Madras plague regulations in force outside the Presidency town - Volume 5
Disease focus: Plague
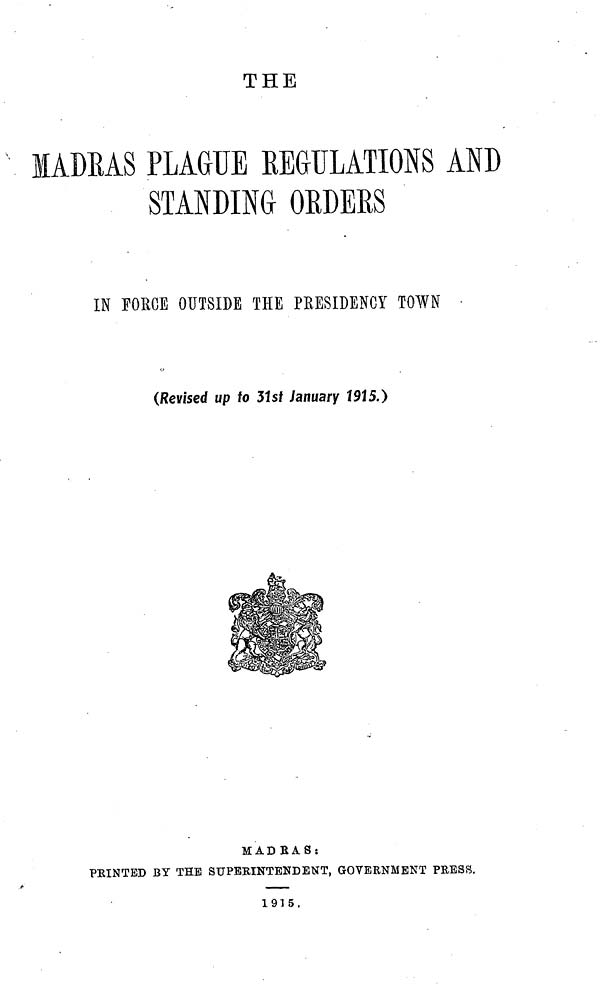
THE
MADRAS PLAGUE REGULATIONS AND
STANDING ORDERS
IN FORCE OUTSIDE THE PRESIDENCY TOWN
(Revised up to 31st January 1915.)
MADRAS:
PRINTED BY THE SUPERINTENDENT, GOVERNMENT PRESS.
1915.